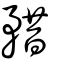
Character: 矠